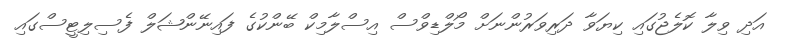
އަދި ވިލާ ކޮލެޖުގައި ކިޔަވާ ދަރިވަރުންނަށް މޯލްޑިވްސް އިސްލާމިކް ބޭންކުގެ ފައިނޭންޝަލް ފެސިލިޓީސްގައި